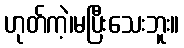
ဟုတ်ကဲ့၊မပြီးသေးဘူး။